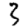
Digit: 3